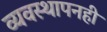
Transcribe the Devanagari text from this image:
व्यवस्थापनही